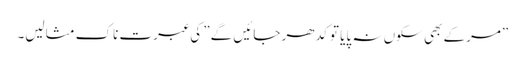
”مرکے بھی سکوں نہ پایا تو کدھر جائیں گے” کی عبرت ناک مثالیں۔